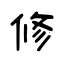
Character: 修